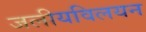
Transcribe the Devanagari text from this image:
जलीयविलयन